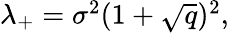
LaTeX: \begin{array}{r}{\lambda_{+}=\sigma^{2}(1+\sqrt{q})^{2},}\end{array}